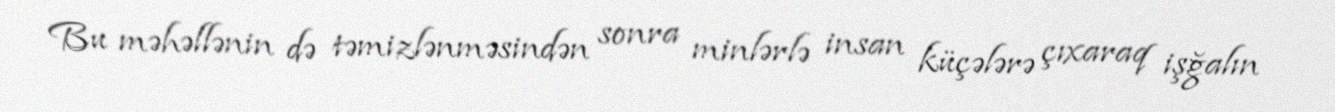
Bu məhəllənin də təmizlənməsindən sonra minlərlə insan küçələrə çıxaraq işğalın